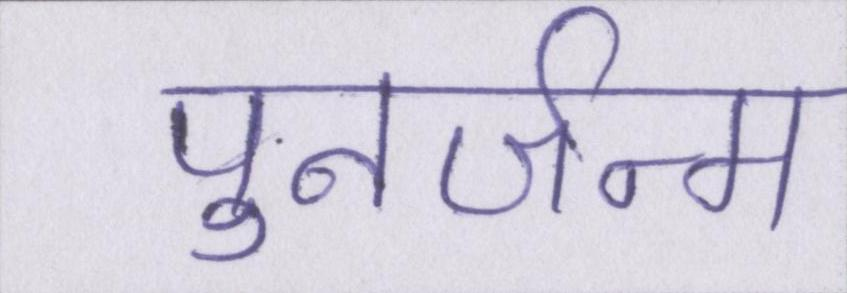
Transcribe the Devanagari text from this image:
पुनर्जन्म